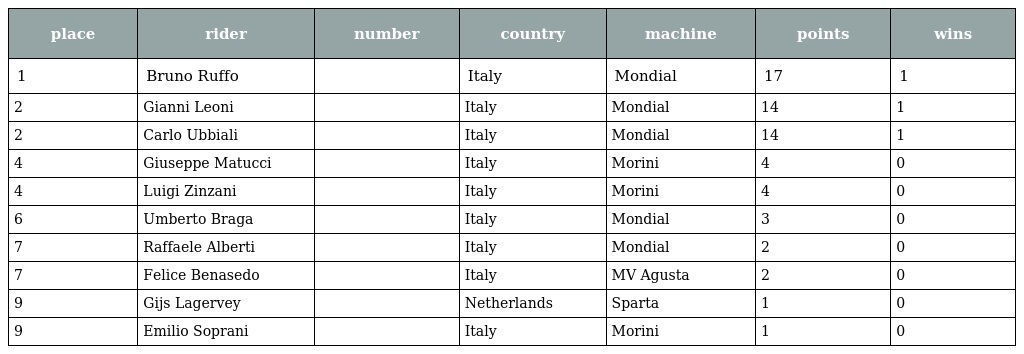
| place | rider | number | country | machine | points | wins |
 | --- | --- | --- | --- | --- | --- | --- |
 | 1 | Bruno Ruffo |  | Italy | Mondial | 17 | 1 |
 | 2 | Gianni Leoni |  | Italy | Mondial | 14 | 1 |
 | 2 | Carlo Ubbiali |  | Italy | Mondial | 14 | 1 |
 | 4 | Giuseppe Matucci |  | Italy | Morini | 4 | 0 |
 | 4 | Luigi Zinzani |  | Italy | Morini | 4 | 0 |
 | 6 | Umberto Braga |  | Italy | Mondial | 3 | 0 |
 | 7 | Raffaele Alberti |  | Italy | Mondial | 2 | 0 |
 | 7 | Felice Benasedo |  | Italy | MV Agusta | 2 | 0 |
 | 9 | Gijs Lagervey |  | Netherlands | Sparta | 1 | 0 |
 | 9 | Emilio Soprani |  | Italy | Morini | 1 | 0 |